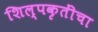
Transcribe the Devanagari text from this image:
शिल्पकृतींचा